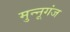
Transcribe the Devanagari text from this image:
मुन्नूगंज